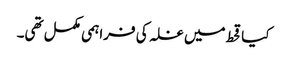
کیاقحط میں غلہ کی فراہمی مکمل تھی۔